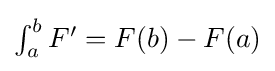
{\textstyle \int _{a}^{b}F'=F(b)-F(a)}